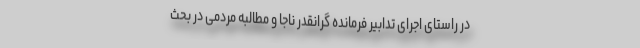
در راستای اجرای تدابیر فرمانده گرانقدر ناجا و مطالبه مردمی در بحث